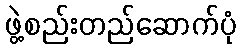
ဖွဲ့စည်းတည်ဆောက်ပုံ